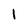
Character: 1